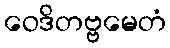
ဝေဒိတဗ္ဗမေတံ